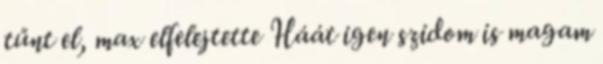
tűnt el, max elfelejtette Háát igen szidom is magam